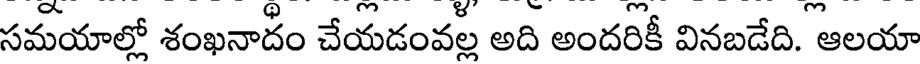
సమయాల్లో శంఖనాదం చేయడంవల్ల అది అందరికీ వినబడేది. ఆలయా